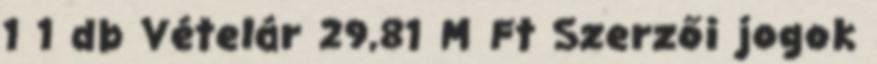
1 1 db Vételár 29,81 M Ft Szerzői jogok